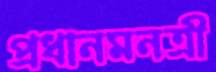
প্রধানমনত্রী